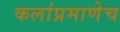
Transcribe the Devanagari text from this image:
कलांप्रमाणेच